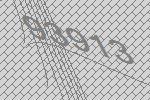
93913